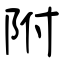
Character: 附